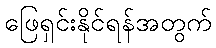
ဖြေရှင်းနိုင်ရန်အတွက်